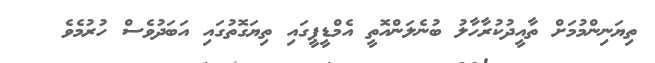
ތިޔަނިންމުމަށް ތާއީދުކުރާހާލު ބުނެލަންއޮތީ އެމްޑީޕީގައި ތިޔަގޮތުގައި އަބަދުވެސް ހުރުމެވެ